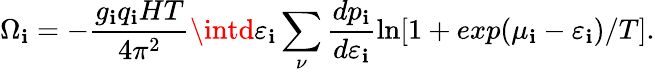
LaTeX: \Omega_{\mathbf{i}}=-\frac{{g_{\mathbf{i}}q_{\mathbf{i}}HT}}{{4\pi^{2}}}\intd\varepsilon_{\mathbf{i}}\sum_{\nu}\frac{{dp_{\mathbf{i}}}}{{d\varepsilon_{\mathbf{i}}}}\ln[1+exp(\mu_{\mathbf{i}}-\varepsilon_{\mathbf{i}})/T].